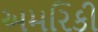
અમરિકી